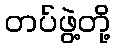
တပ်ဖွဲ့တို့